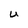
Character: U